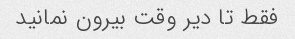
فقط تا دیر وقت بیرون نمانید